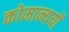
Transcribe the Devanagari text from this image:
कोमान्ययों